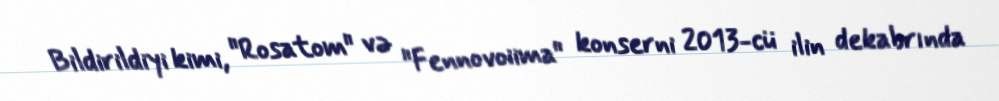
Bildirildiyi kimi, "Rosatom" və "Fennovoiima" konserni 2013-cü ilin dekabrında